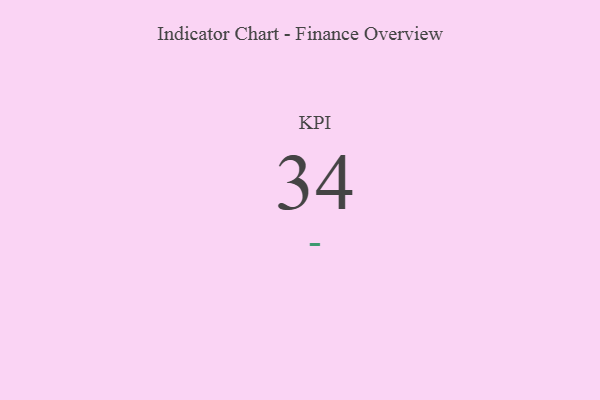
{"axis": {"x": "KPI", "y": "Value"}, "legend": [""], "data": [{"x": "KPI", "y": 34, "type": ""}]}